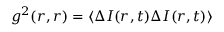
g ^ { 2 } ( r , r ) = \langle \Delta I ( r , t ) \Delta I ( r , t ) \rangle